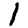
Digit: 1